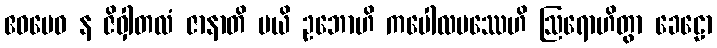
ဧဝမေဝ န ဇိဝှါတလံ ဇာနာတိ မယိ ဥဘောဟိ ကပေါလပဿေဟိ ဩရောဟိတွာ ခေဠော